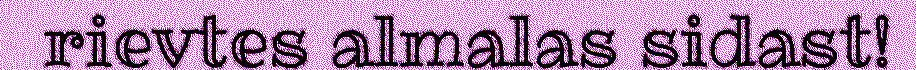
rievtes almalas sidast!